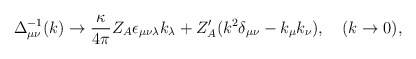
\begin{align*}\Delta^{-1}_{\mu\nu}(k)\to \frac{\kappa}{4\pi}Z_A \epsilon_{\mu\nu\lambda} k_{\lambda}+Z'_A (k^2\delta_{\mu\nu}-k_{\mu}k_{\nu}),\quad (k\to 0),\end{align*}